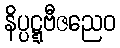
နိပ္ပဋ္ဋဗီဇညေဝ